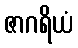
ဇာဂရိယံ